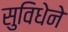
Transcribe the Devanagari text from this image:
सुविधेने